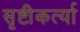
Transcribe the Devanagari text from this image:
सृष्टीकर्त्या